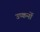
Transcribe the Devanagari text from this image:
उप्कर्नो